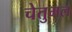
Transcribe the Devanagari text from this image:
चेतुमल